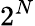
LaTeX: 2^{N}